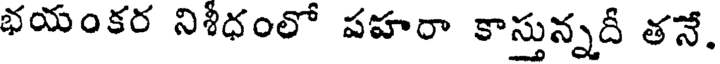
భయంకర నిశీధంలో పహరా కాస్తున్నదీ తనే.